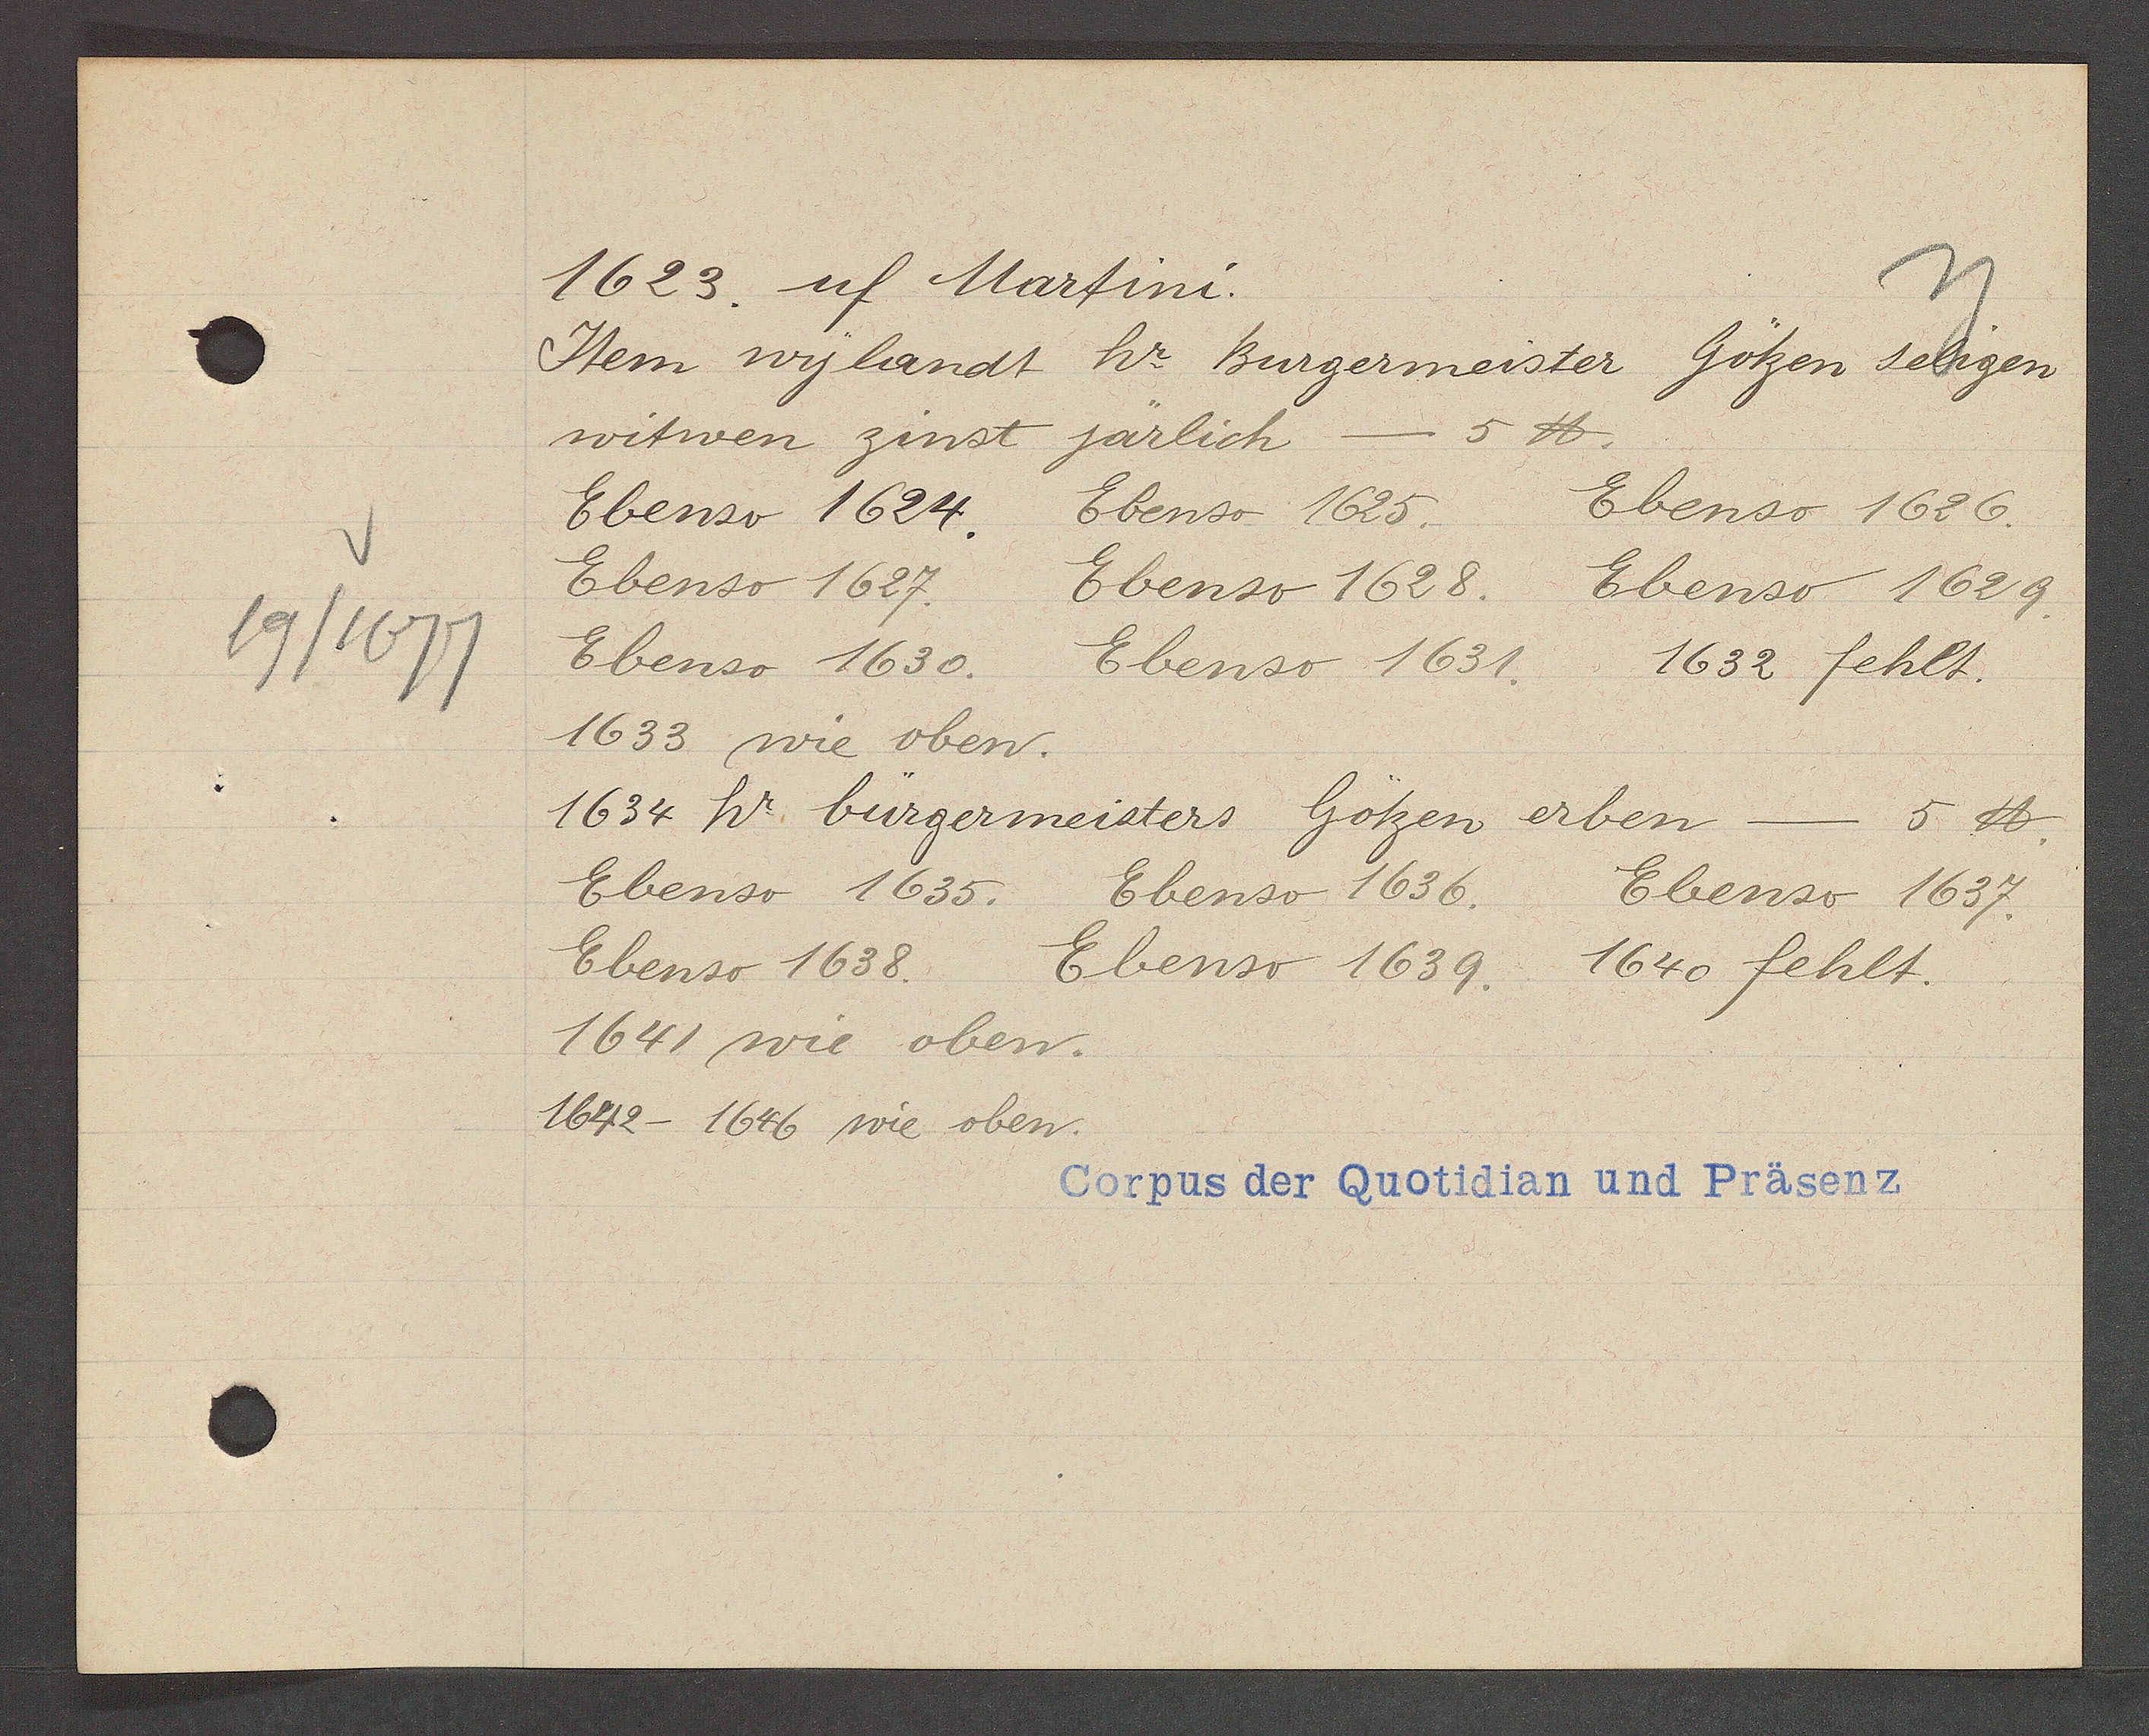
Transcript:
49/1677

1623. uf Martini.

Item wylandt.
hr Burgermeister
Götzen seligen
witwen zinst järlich
5 ℔.
Ebenso 1624.
Ebenso 1625.
Ebenso 1626.
Ebenso 1627.
Ebenso 1628.
Ebenso 1629.
Ebenso 1630.
Ebenso 1631.
1632 fehlt.
1633 wie oben.
1634 hr. bürgermeisters Götzen erben - 5 ℔.
Ebenso 1635.
Ebenso 1636.
Ebenso 1637.
Ebenso 1638.
Ebenso 1639. 1640 fehlt.
1641 wie oben.
1642- 1646 wie oben.

Corpus der Quotidian und Präsenz